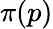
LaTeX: \pi(p)